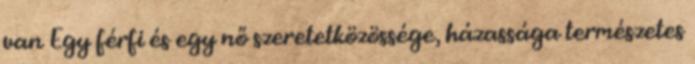
van Egy férfi és egy nő szeretetközössége, házassága természetes